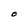
Character: O